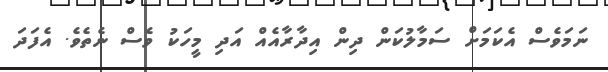
ނަމަވެސް އެކަމަށް ސަމާލުކަން ދިން އިދާރާއެއް އަދި މީހަކު ވެސް ނެތެވެ. އެފަދަ